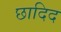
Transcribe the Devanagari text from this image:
छादिद